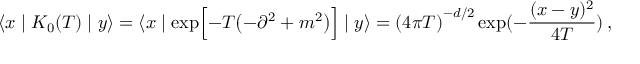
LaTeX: \langle x \mid K _ { 0 } ( T ) \mid y \rangle = \langle x \mid \exp \Bigl [ - T \bigl ( - { \partial } ^ { 2 } + m ^ { 2 } \bigr ) \Bigr ] \mid y \rangle = { ( 4 \pi T ) } ^ { - d / 2 } \exp ( - { \frac { ( x - y ) ^ { 2 } } { 4 T } } ) \, ,